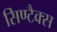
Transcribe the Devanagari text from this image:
सिण्टैक्स